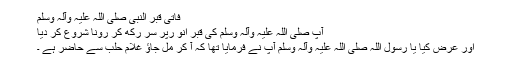
فاتی قبر النبی صلی اللہ علیہ وآلہ وسلم
آپ صلی اللہ علیہ وآلہ وسلم کی قبر انو رپر سر رکھ کر رونا شروع کر دیا
اور عرض کیا یا رسول اللہ صلی اللہ علیہ وآلہ وسلم آپ نے فرمایا تھا کہ آ کر مل جاؤ غلام حلب سے حاضر ہے ۔